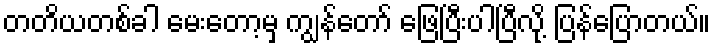
တတိယတစ်ခါ မေးတော့မှ ကျွန်တော် ဖြေပြီးပါပြီလို့ ပြန်ပြောတယ်။